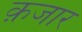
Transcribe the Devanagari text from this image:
क़जार